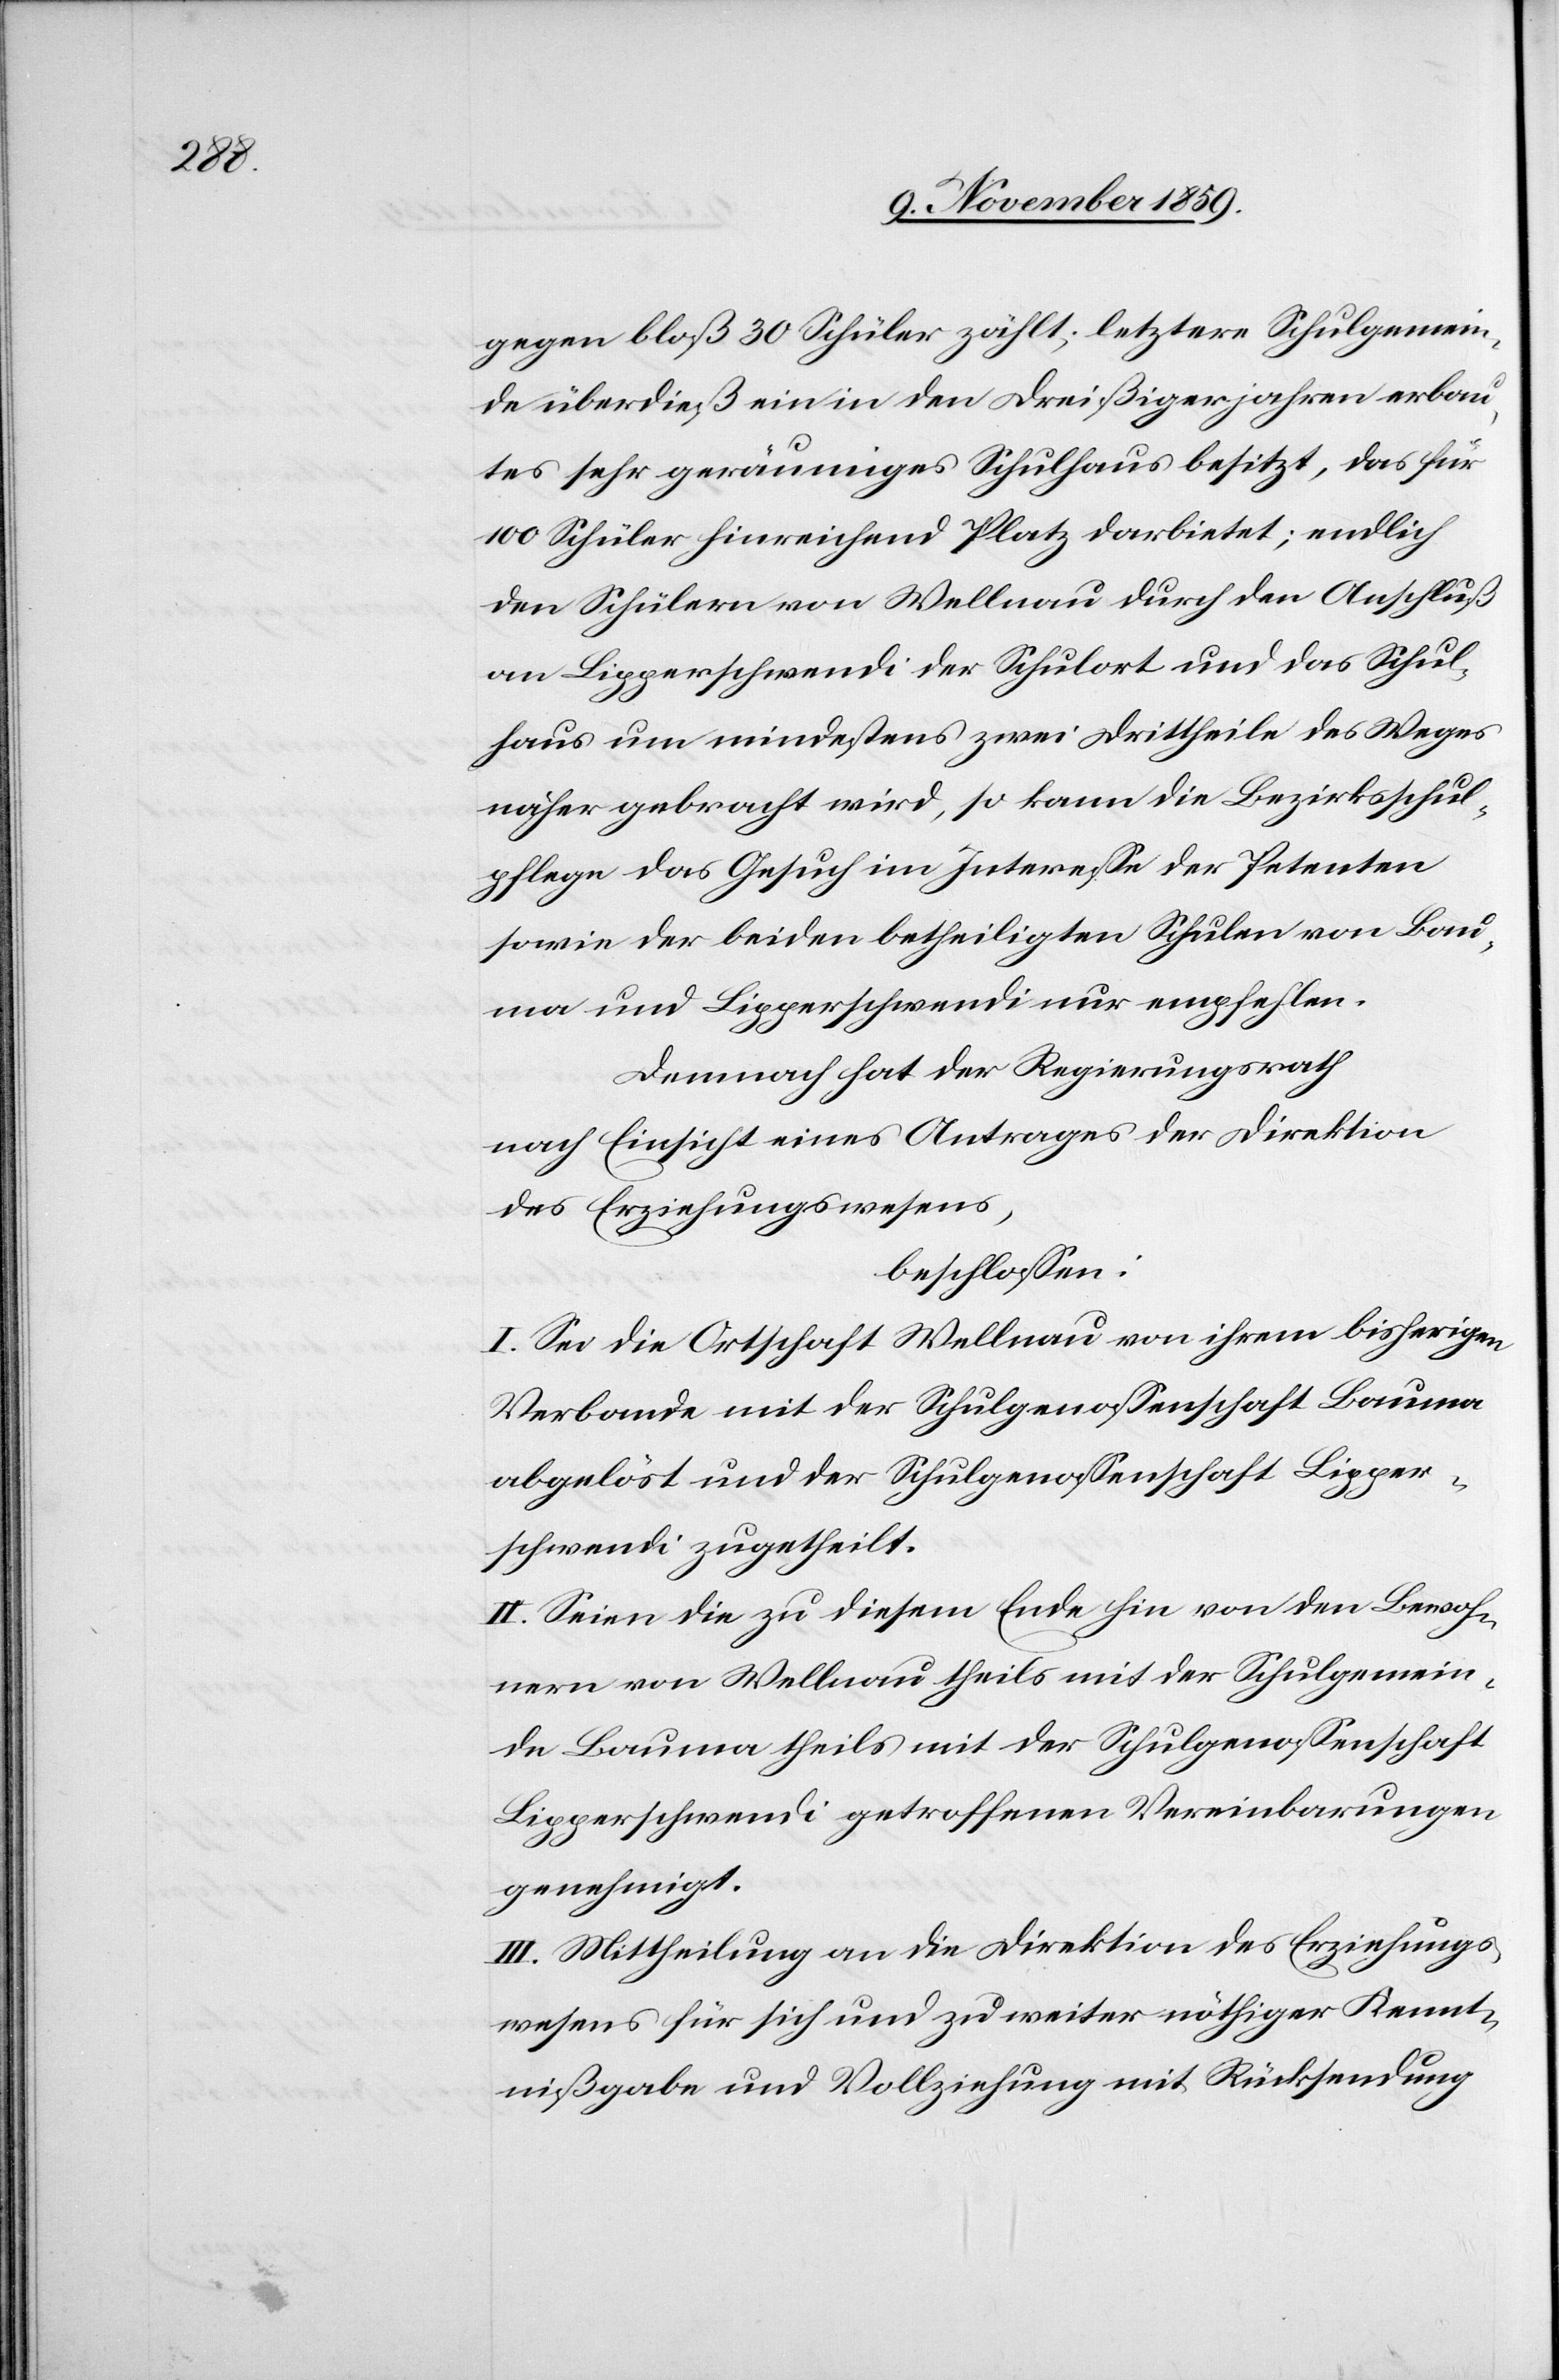
gegen bloß 30 Schüler zählt; letztere Schulgemein¬
de überdieß ein in den Dreißigerjahren erbau¬
tes sehr geräumiges Schulhaus besitzt; endlich
den Schülern von Wellnau durch den Anschluß
an Lipperschwendi der Schulort und das Schul¬
haus um mindestens zweit Drittheile des Weges
näher gebracht wird, so kann die Bezirksschul¬
pflege das Gesuch im Interesse der Petenten
sowie der beiden betheiligten Schulen von Bau¬
ma und Lipperschwendi nur empfehlen.
Demnach hat der Regierungsrath
nach Einsicht eines Antrages der Direktion
des Erziehungswesens,
beschlossen:
I. Sei die Ortschaft Wellnau von ihrem bisherigen
Verbande mit der Schulgenossenschaft Bauma
abgelöst und der Schulgenossenschaft Lipper¬
schwendi zugetheilt.
II. Seien die zu diesem Ende hin von den Bewoh¬
nern von Wellnau theils mit der Schulgemein¬
de Bauma theils mit der Schulgenossenschaft
Lipperschwendi getroffenen Vereinbarungen
genehmigt.
III. Mittheilung an die Direktion des Erziehungs¬
wesens für sich und zu weiter nöthiger Kennt¬
nißgabe und Vollziehung mit Rücksendung